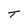
Character: T